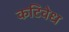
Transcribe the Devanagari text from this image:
कटिवेध